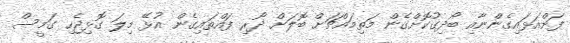
ފަށްއަޅައިގެންނާއި ބޯދިގުކޮށްގެން މަތިމައްޗަށް ބޮލަށް ދޯރި ފައްތައިގެން އުޅޭ މިލަ ގޮޅިޖެހި ގަމީސް